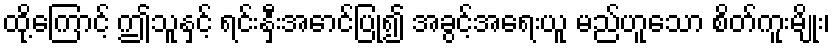
ထို့ကြောင့် ဤသူနှင့် ရင်းနှီးအောင်ပြု၍ အခွင့်အရေးယူ မည်ဟူသော စိတ်ကူးမျိုး၊